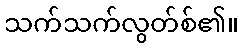
သက်သက်လွတ်စ်၏။